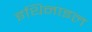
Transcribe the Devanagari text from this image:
इथिनाइल